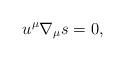
LaTeX: \begin{align*} u^\mu\nabla_\mu s=0,\end{align*}